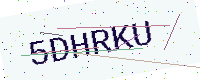
Text: 5DHRKU